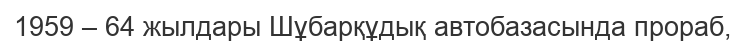
1959 – 64 жылдары Шұбарқұдық автобазасында прораб,